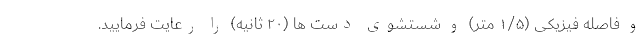
و فاصله فیزیکی (۱/۵ متر) و شستشوی دست ها (۲۰ ثانیه) را رعایت فرمایید.